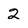
Character: 2